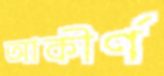
আকীর্ণ